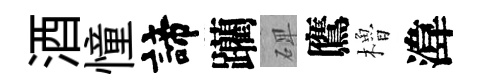
酒憧諦躪𥓓鷹櫓湋